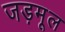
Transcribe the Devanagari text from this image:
जड़मूल